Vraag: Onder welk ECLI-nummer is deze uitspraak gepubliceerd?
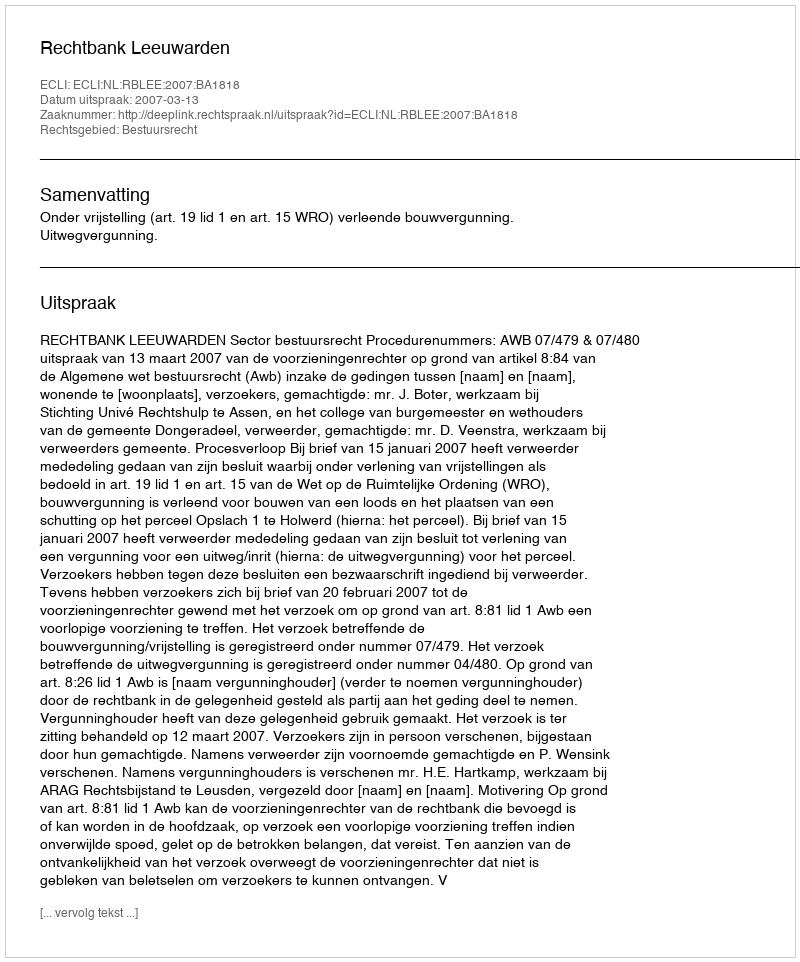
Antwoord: ECLI:NL:RBLEE:2007:BA1818